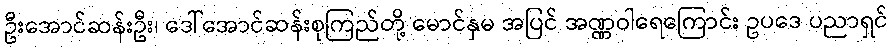
ဦးအောင်ဆန်းဦး၊ ဒေါ်အောင်ဆန်းစုကြည်တို့ မောင်နှမ အပြင် အဏ္ဏဝါရေကြောင်း ဥပဒေ ပညာရှင်